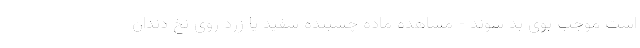
است موجب بوی بد شوند - مشاهده ماده چسبنده سفید یا زرد روی نخ دندان